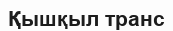
Қышқыл транс